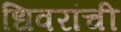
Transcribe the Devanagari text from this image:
धिवरांची